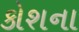
કોશના